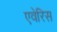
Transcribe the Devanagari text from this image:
एवेरिस